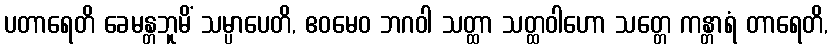
ပတာရေတိ ခေမန္တဘူမိံ သမ္ပာပေတိ, ဧဝမေဝ ဘဂဝါ သတ္ထာ သတ္ထဝါဟော သတ္တေ ကန္တာရံ တာရေတိ,